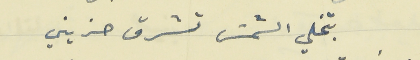
بتخلي الشمسَ تشرق حزيني